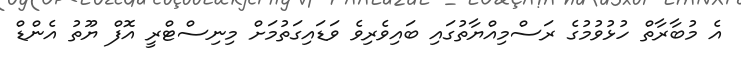
އެ މުބާރާތް ހުޅުވުމުގެ ރަސްމިއްޔާތުގައި ބައިވެރިވެ ވަޑައިގަތުމަށް މިނިސްޓްރީ އޮފް ޔޫތު އެންޑް